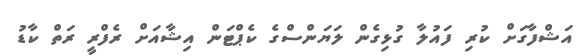
އަޝްފާގަށް ކުރި ފައުލާ ގުޅިގެން ލަޔަންސްގެ ކެޕްޓަން އިޝާއަށް ރެފްރީ ރަތް ކާޑު